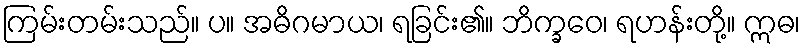
ကြမ်းတမ်းသည်။ ပ။ အဓိဂမာယ၊ ရခြင်း၏။ ဘိက္ခဝေ၊ ရဟန်းတို့။ ဣဓ၊